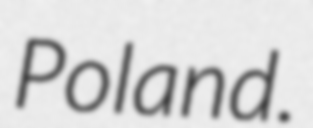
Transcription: Poland.